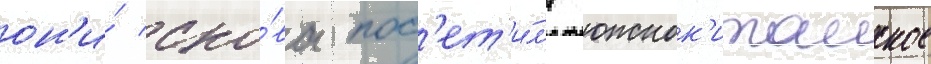
он'и́ сно́ва пос'ет'и́л'и южнок'итаиское